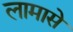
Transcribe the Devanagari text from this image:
लामासे